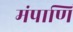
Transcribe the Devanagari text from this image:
मंपाणि